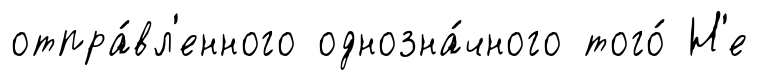
отпра́вл'енного однозна́чного того́ Н'е